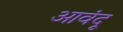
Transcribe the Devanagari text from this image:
आवंदू